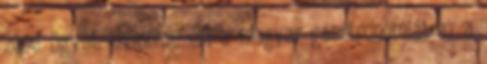
zene ügyét. Gyakran éri a magyar gasztronómiát az a